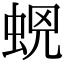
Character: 𧊫